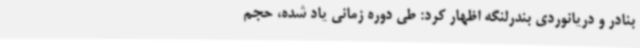
بنادر و دریانوردی بندرلنگه اظهار کرد: طی دوره زمانی یاد شده، حجم